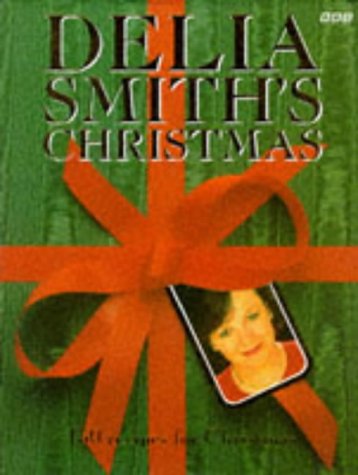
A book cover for Delia Smith's Christmas: 130 Recipes for Christmas; Delia Smith; Cookbooks, Food & Wine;